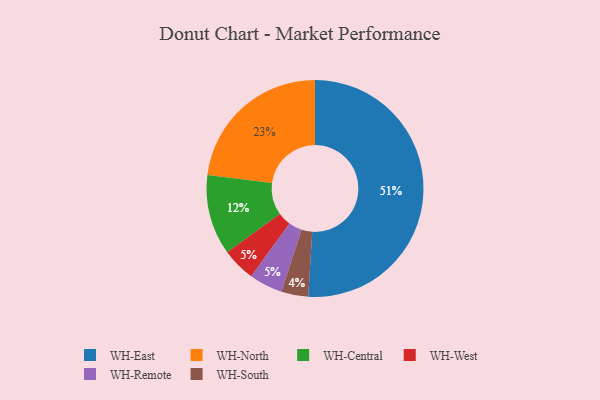
{"axis": {"x": "Category", "y": "Percentage"}, "legend": ["WH-Central", "WH-East", "WH-North", "WH-Remote", "WH-South", "WH-West"], "data": [{"x": "WH-North", "y": 23, "type": "WH-North"}, {"x": "WH-West", "y": 5, "type": "WH-West"}, {"x": "WH-Central", "y": 12, "type": "WH-Central"}, {"x": "WH-Remote", "y": 5, "type": "WH-Remote"}, {"x": "WH-South", "y": 4, "type": "WH-South"}, {"x": "WH-East", "y": 51, "type": "WH-East"}]}